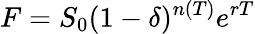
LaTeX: F=S_{0}(1-\delta)^{n(T)}e^{rT}